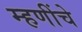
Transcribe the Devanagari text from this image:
म्हणींचे